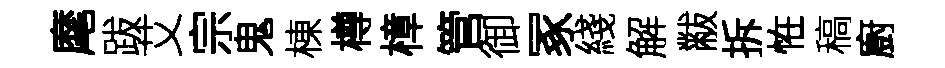
麾跋艾宗鬼棟樽樟管御冢綫解黻拆恠稿廚